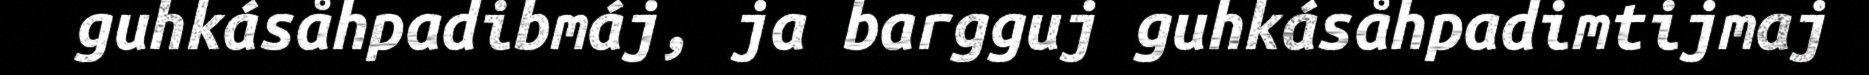
guhkásåhpadibmáj, ja bargguj guhkásåhpadimtijmaj